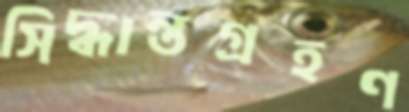
সিদ্ধান্তগ্রহণ